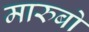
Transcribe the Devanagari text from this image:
मारुबो